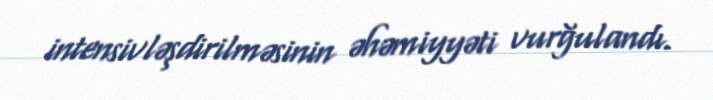
intensivləşdirilməsinin əhəmiyyəti vurğulandı.